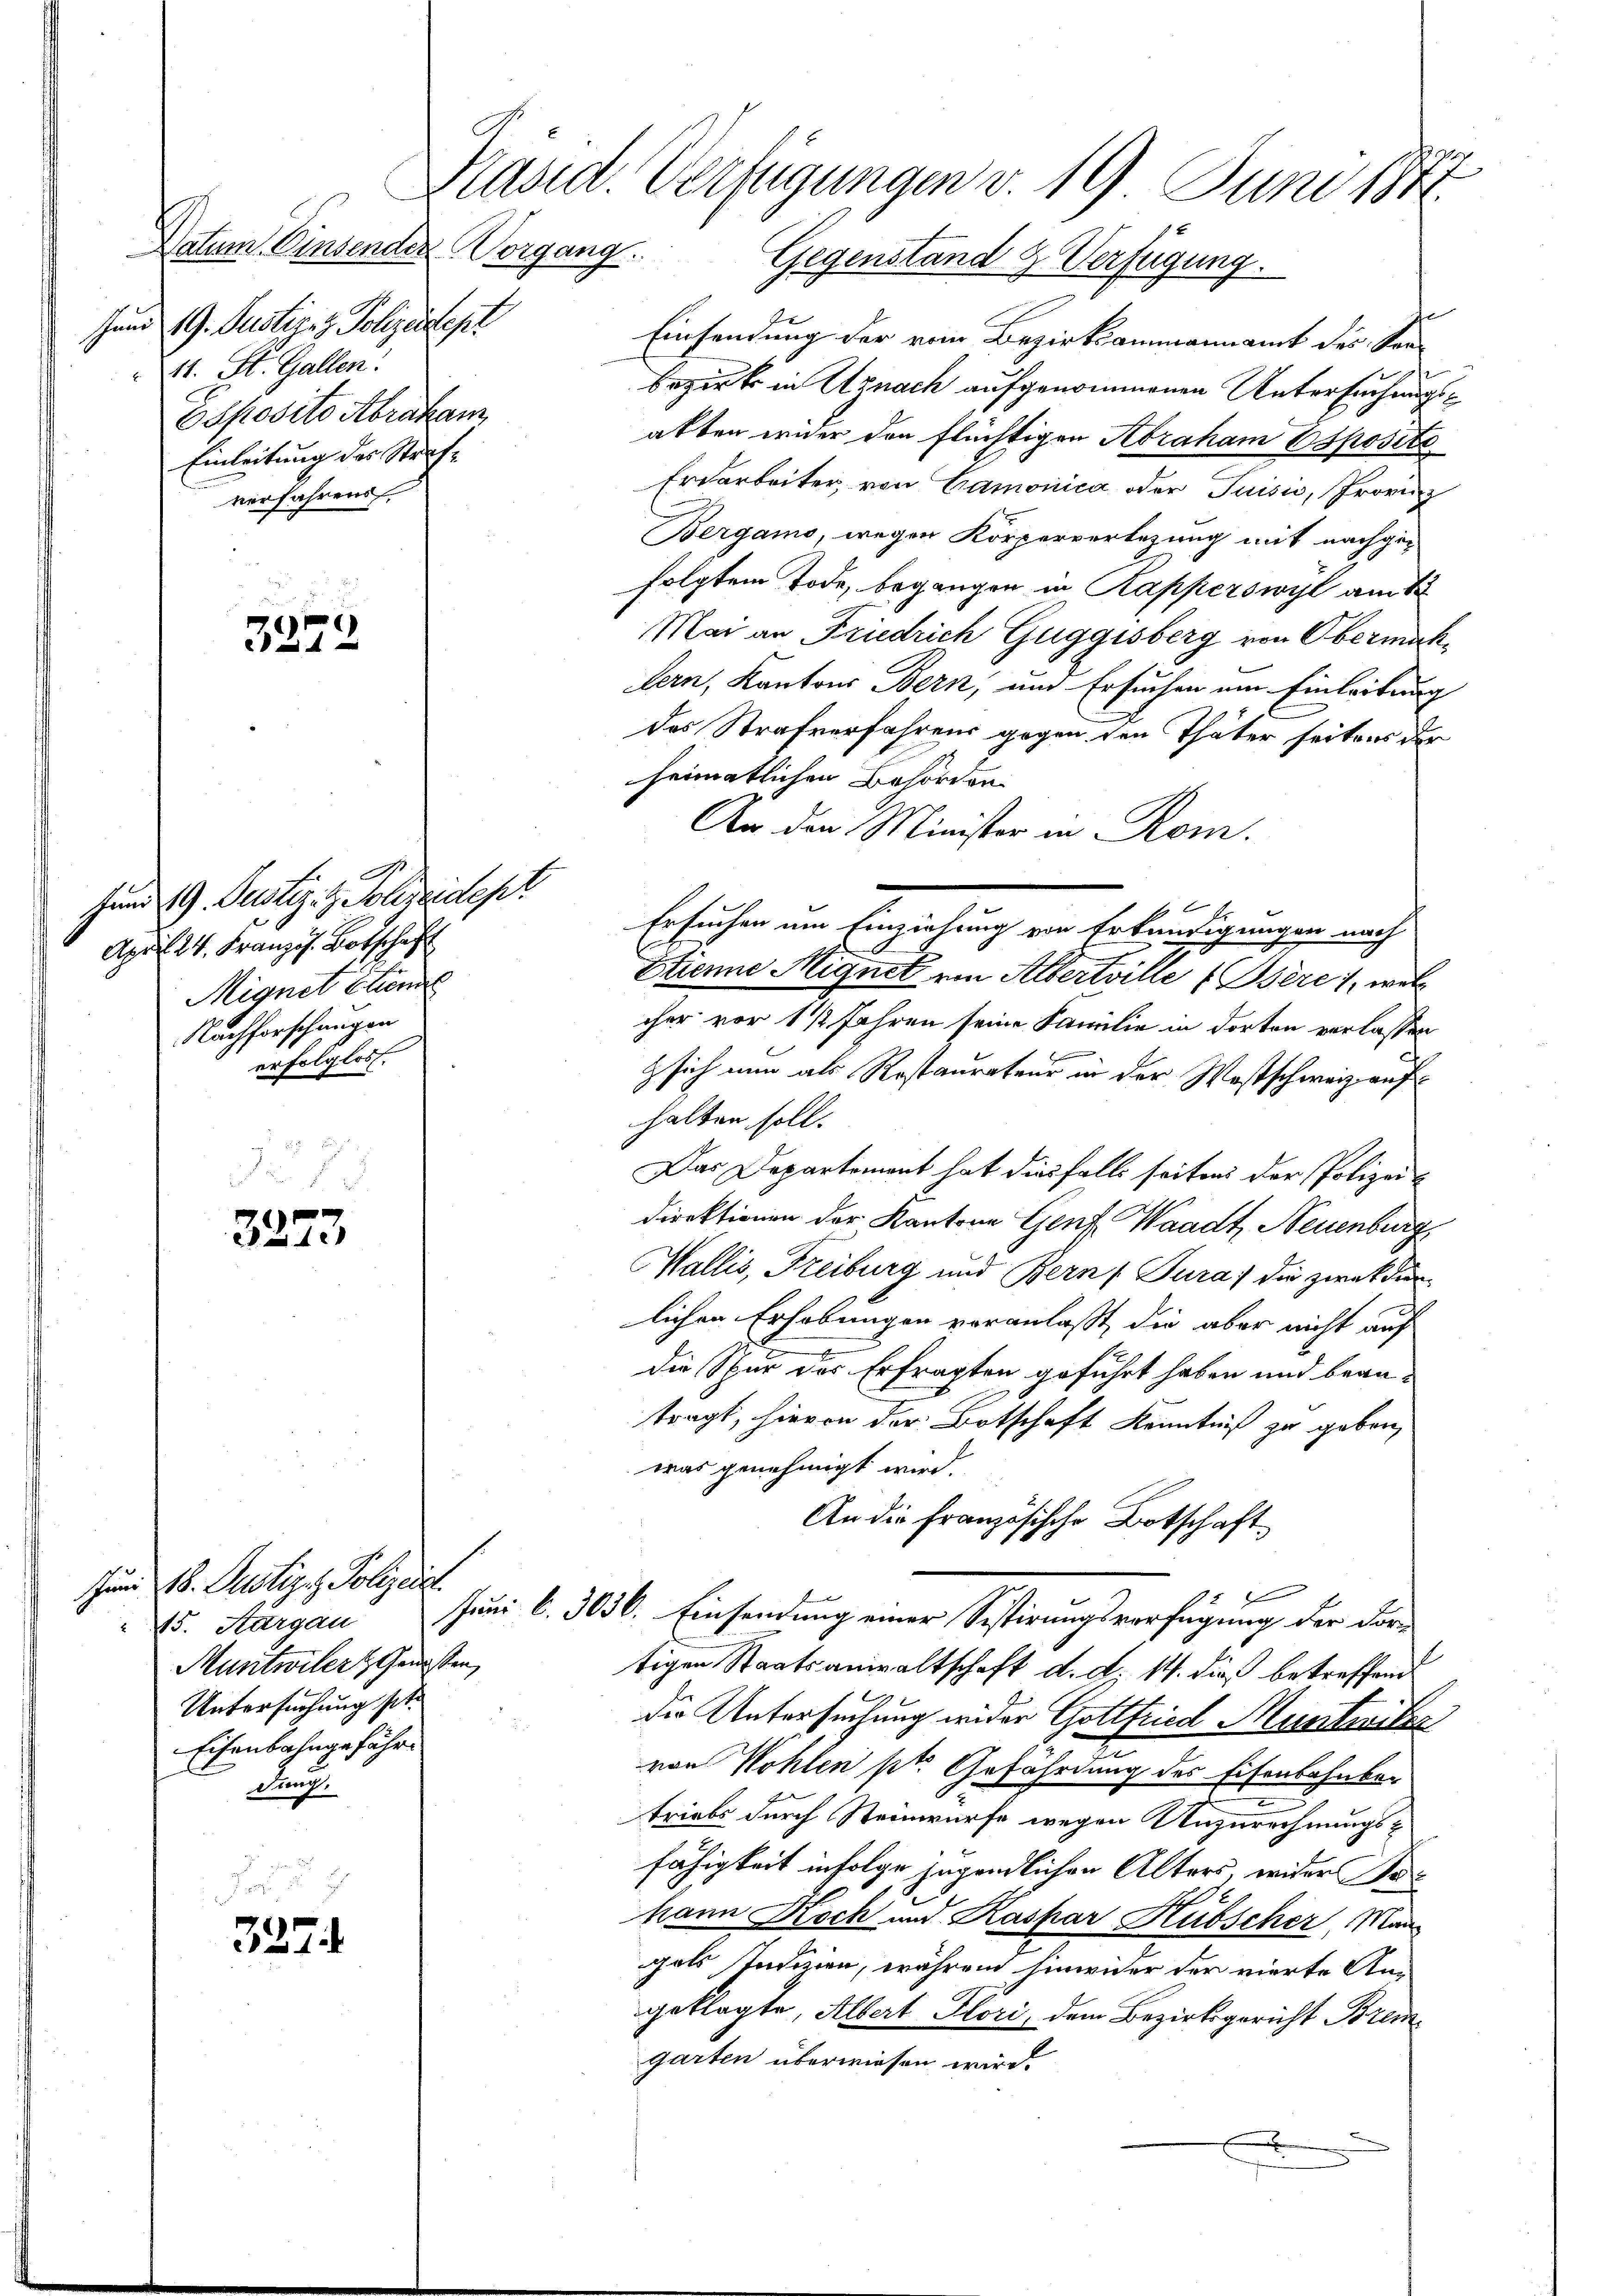
Jund 19. Justiz- & Polizeisters
11. St. Gallen:
Sposito Abraham
Einleitung des Straf-
verfahrens

Datum. Einsenden Vorgang.

3279

Hand 19. Justiz- & Polizeidep
April 24. Französ. Botschaf
Mignet Etien
Nachforschungen
erfolglos.

3273

3274

Zum 18. Justizis Polizeist.
15. Sargau
Munitwiler Genossen,
Untersuchung sitz
Eisenbahngefähr
dung.

2
Präsid. Verfügungen v. 19 Juni 184
Gegenstand & Verfügung.

Einsendung der vom Bezirksammannamt des Sen¬
Bezirks in Uznach aufgenommenen Untersuchungsatten erner den flüchtigen Abraham Espositi
Erdarbeiter, von Gamonica oder Juisić, Provinz
Bergamo, wegen Körperverlegung mit nachge-
folgtem Tode, begangen in Kapperswyl am 12.
Mai an Friedrich Guggisberg von Obermachlern, Kantons Bern, und Ersuchen um Einleitung
des Strafverfahrens gegen den Thäter seitens der
heimatlichen Behörden
An den Minister in Rom.
Ersuchen um Einziehung von Erkundigungen nach
Etienne Mignet ein Albertville (Bère), welc
cher vor 1 1/2 Jahren seine Familie in dorten verlassen
nummen
z sich nun als Restaurateur in der Westschweiz aufhalten soll.
Das Departement hat diesfalls seiten der Polizeidirektionen der Kantone Genf, Waadt, Neuenburg
Wallis, Freiburg und Bern (Tura) die zweckdien
lichen Erhebungen voranlaßt, die aber nicht auf
Die Spur des Erfragten geführt haben und beantragt, hievon der Botschaft Kenntniß zu geben,
was genehmigt wird.
An die Französische Botschaft
d
Juni l. 3036. Einsendung einer Sistirungsverfügung der dor-
.
tigen Staatsanwaltschaft d. d. 14. dieß betreffend
die Untersuchung wider Gottfried Muntritter
von Wohlen pr. Gefährdung des Eisenbahnber
triebs durch Steinwurfe wegen Unzurechnungsfähigkeit infolge jugendlichen Alters wider Sahann Koch und Kaspar Hübscher Mangals Indizien, währen hinwider der vierte Angeklagte, Albert Flori, dem Bezirksgericht Bremgarten überwiesen wird.